system: You are a helpful assistant.
user:
Analyze the provided spectrum to determine if it is a **M-type Giant (gM)**.

A M-type Giant spectrum is defined by its **strong molecular absorption** features, particularly from **Titanium Oxide (TiO)**. You must check for one of the following mutually exclusive signatures:

- **Key Visual Indicators (Absorption-Dominated Spectrum):**

    - **(Primary):** The spectrum is dominated by strong molecular absorption from **Titanium Oxide (TiO)**. This is the **defining feature** of its M-type temperature class.
        - **(Key Bandheads):** Look for sharp, "saw-tooth" absorption valleys. The strongest are located near **~7050 Å**, **~6160 Å**, and **~5170 Å**.
        - **(Line Profile):** The "saw-tooth" morphology is critical: a **sharp, steep drop on the BLUE (short-wavelength) side** of the bandhead, followed by a gradual recovery (rising flux) towards the RED (long-wavelength) side.

    - **(Key Confirmation - Giant vs. Dwarf):** **ABSENCE** of strong **Calcium Hydride (CaH)** molecular bands. This is the primary diagnostic for *excluding* M-dwarfs.
        - **(Key Region):** The spectrum should lack the strong, broad absorption band seen in dwarfs between **~6800 Å and ~7000 Å**.

    - **(Secondary Confirmation - Giant):** A very strong and broad **Neutral Calcium (Ca I)** atomic absorption line.
        - **(Key Line):** Located at **~4226 Å**. In a giant (gM), this line is significantly deeper and broader than the same line in an M-dwarf (dM) due to low surface gravity.

    - **(Overall Spectrum):**
        - The continuum is **extremely red-sloping** (i.e., flux is very low in the blue and rises dramatically towards the red).
        - The entire spectrum appears "chopped up" by the deep TiO bands.

Think first, call **spectral_visualization_tool** if needed to examine features in detail, then provide your final answer. Your response must adhere to the following strict rules:
1.  **Overall Structure:** Your response must follow the format `<think>...</think> <tool_call>...</tool_call> (if a tool is used) <answer>...</answer>`.
2.  **Tool Usage Constraint:** You may only make **one** tool call per turn.
3.  **Final Answer Format:** In the `<answer>` tag, your conclusion must be inside a `\boxed{}` command (e.g., `\boxed{YES}` or `\boxed{NO}`), followed by your justification.

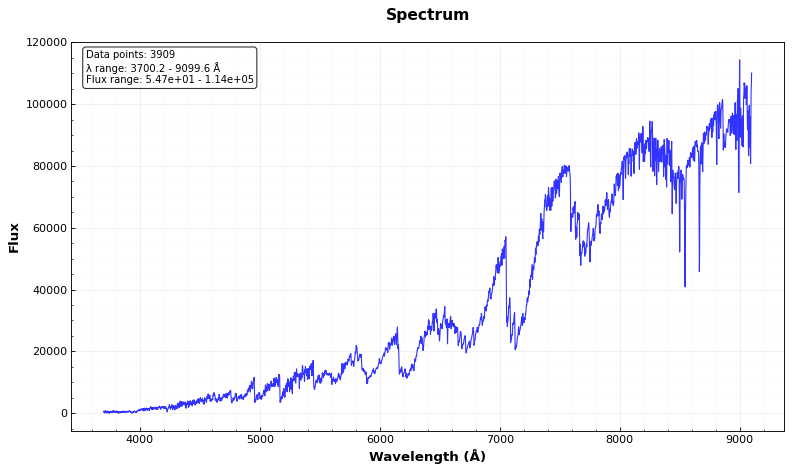
Answer: YES